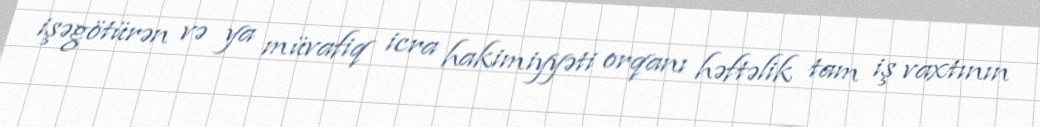
işəgötürən və ya müvafiq icra hakimiyyəti orqanı həftəlik tam iş vaxtının